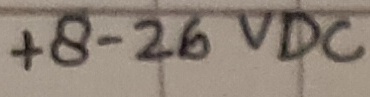
Text: +8-26VDC